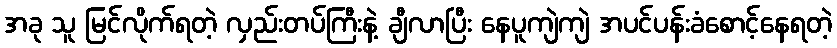
အခု သူ မြင်လိုက်ရတဲ့ လှည်းတပ်ကြီးနဲ့ ချီလာပြီး နေပူကျဲကျဲ အပင်ပန်းခံစောင့်နေရတဲ့